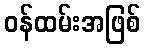
ဝန်ထမ်းအဖြစ်